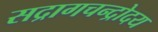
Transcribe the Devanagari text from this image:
सद्रागचन्द्रोदय